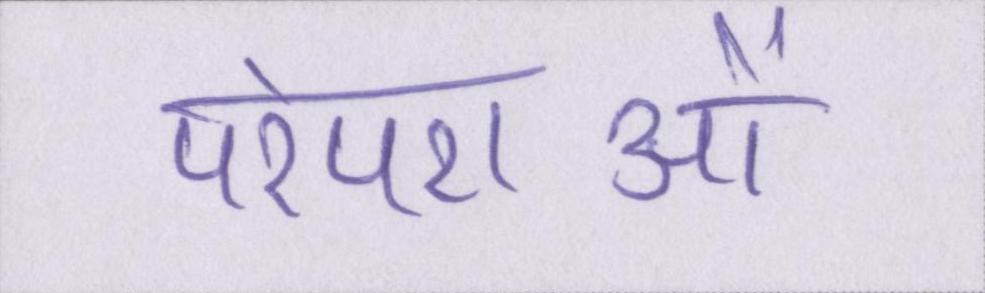
परंपराओं